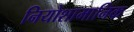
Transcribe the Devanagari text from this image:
नियोशामानिक